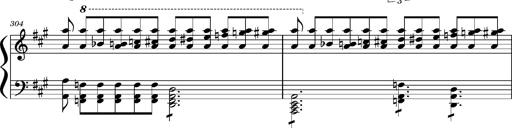
Title: Concerto sans orchestre, S.524a
Composer: Franz Liszt
Key: A major